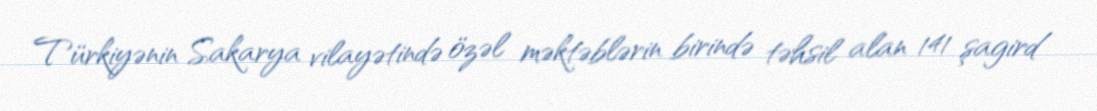
Türkiyənin Sakarya vilayətində özəl məktəblərin birində təhsil alan 141 şagird